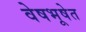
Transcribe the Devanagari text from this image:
वेषभूषेत